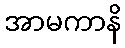
အာမကာနိ